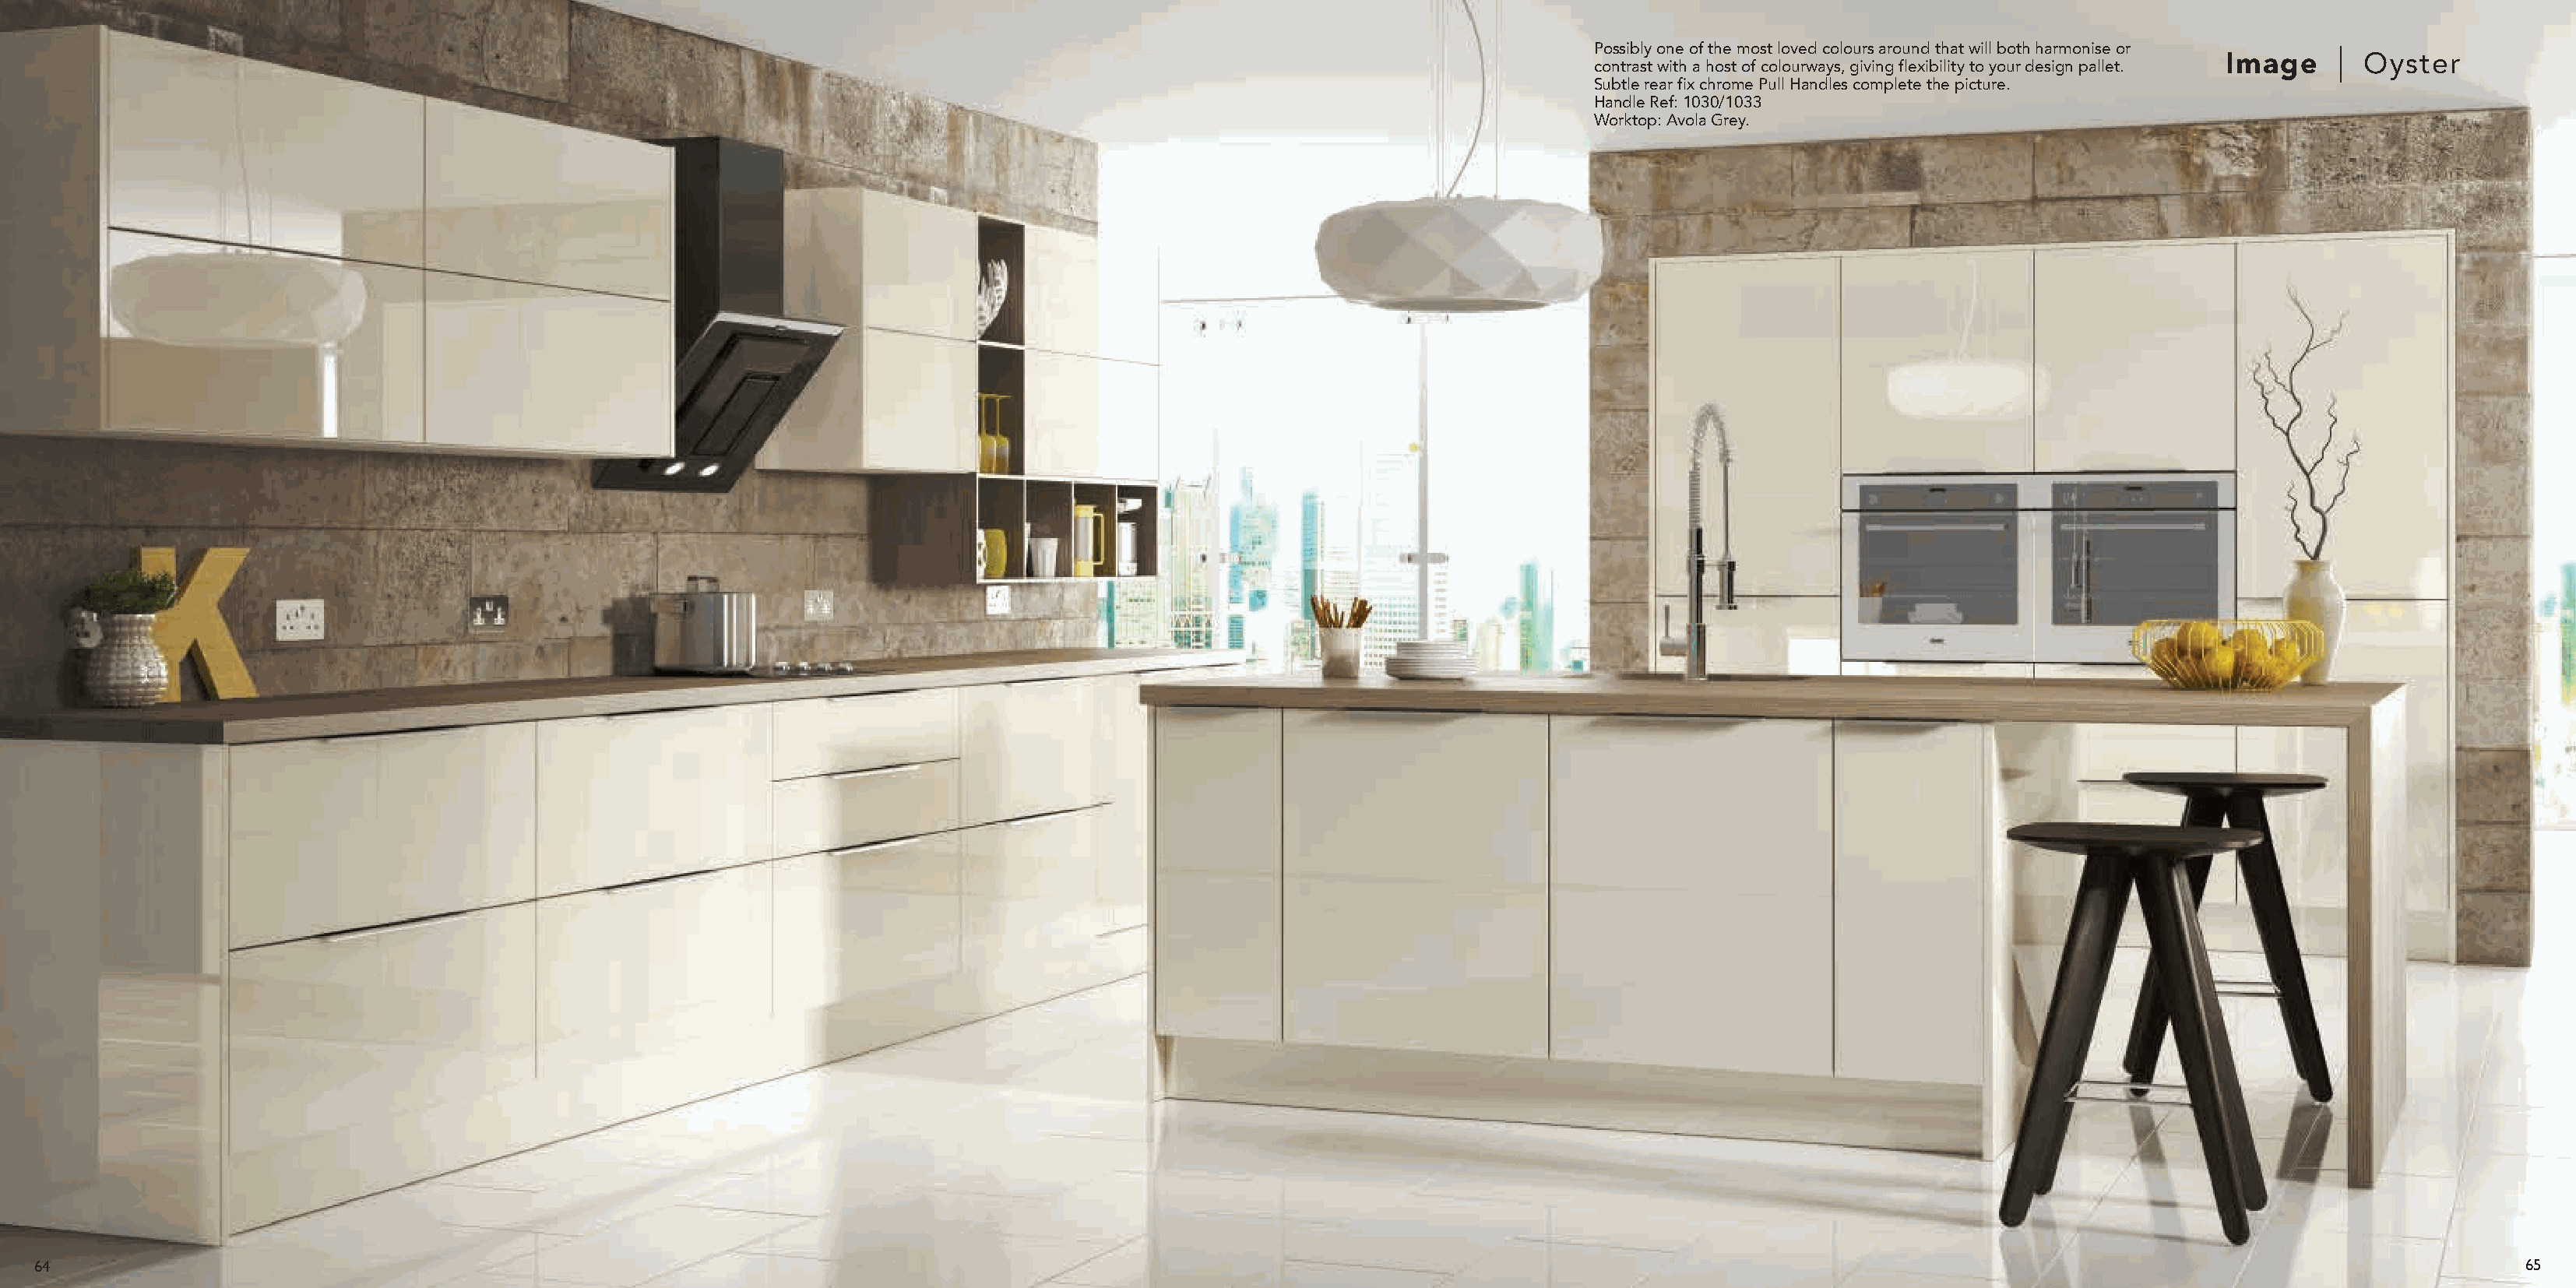
Possibly one of the most loved colours around that will both harmonise or
 contrast with a host of colourways, giving flexibility to your design pallet. Image Oyster
 Subtle rear fix chrome Pull Handles complete the picture.
 Handle Ref: 1030/1033
 Worktop: Avola Grey.
 64                                                                                                                                                                                                                  65